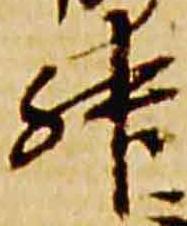
升